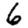
Digit: 6